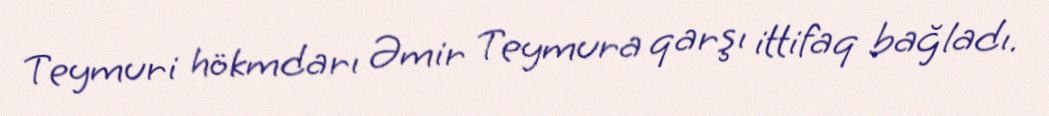
Teymuri hökmdarı Əmir Teymura qarşı ittifaq bağladı.